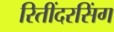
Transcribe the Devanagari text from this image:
रितींदरसिंग